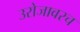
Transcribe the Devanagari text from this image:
उरोजावरच